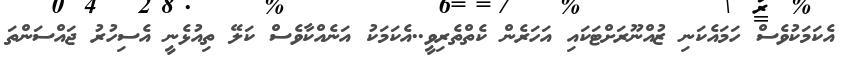
އެކަމަކުވެސް ހަމައެކަނި ޒުއްނޫރަށްޓަކައި އަހަރެން ކެތްތެރިވީ..އެކަމަކު އަނެއްކާވެސް ކަލޭ ތިއުޅެނީ އެސިހުރު ޖައްސަންތަ